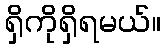
ရှိကိုရှိရမယ်။